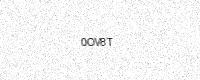
Text: 0OV8T